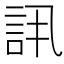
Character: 𬢠